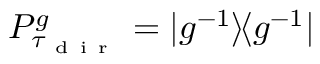
P _ { \tau _ { \mathrm { ~ d ~ i ~ r ~ } } } ^ { g } = | g ^ { - 1 } \rangle \! \langle g ^ { - 1 } |